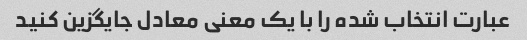
عبارت انتخاب شده را با یک معنی معادل جایگزین کنید